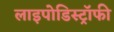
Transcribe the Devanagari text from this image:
लाइपोडिस्ट्रॉफी